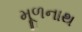
મૂળનાથ